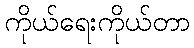
ကိုယ်ရေးကိုယ်တာ